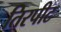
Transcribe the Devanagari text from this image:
तिरपीट